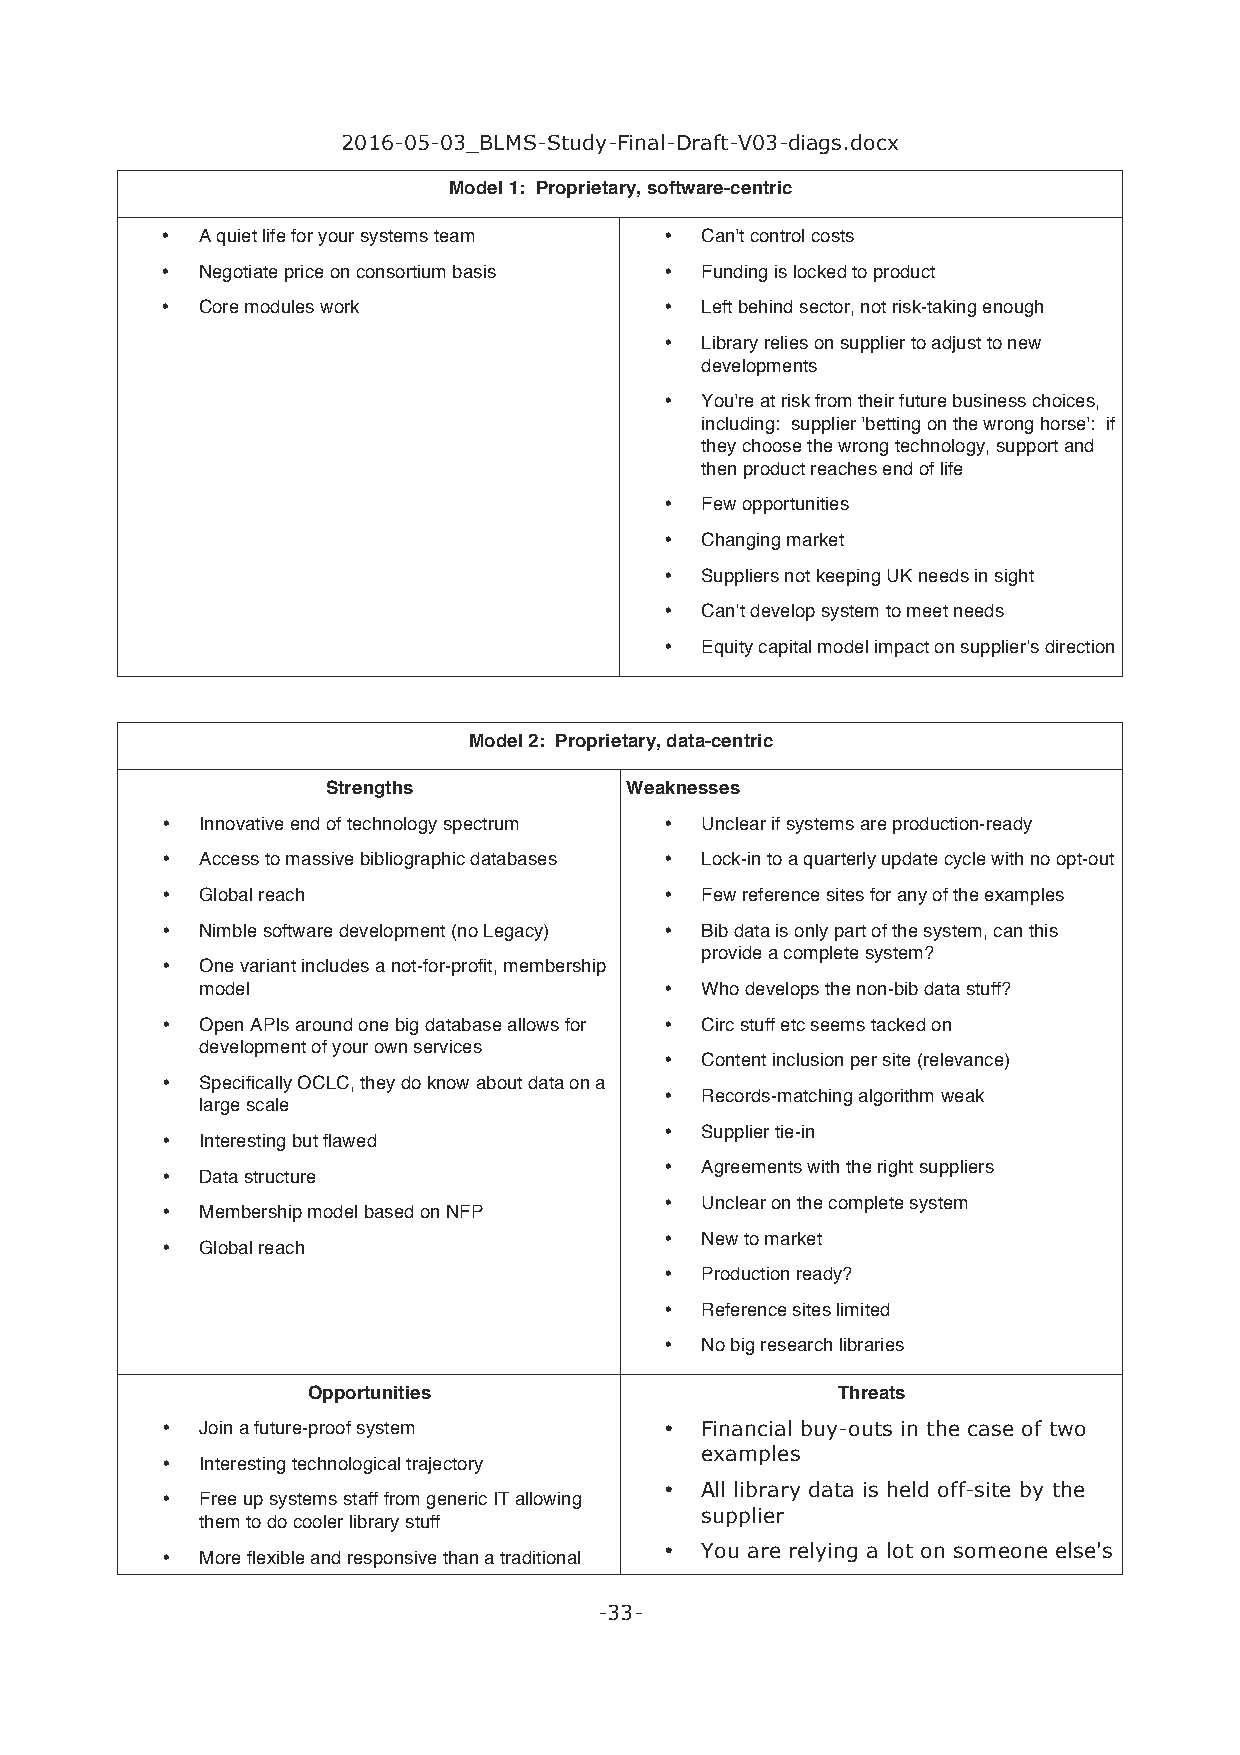
2016-05-03_BLMS-Study-Final-Draft-V03-diags.docx
 Model 1: Proprietary, software-centric
 • A quiet life for your systems team • Can't control costs
 • Negotiate price on consortium basis • Funding is locked to product
 • Core modules work              • Left behind sector, not risk-taking enough
 • Library relies on supplier to adjust to new
 developments
 • You're at risk from their future business choices,
 including: supplier 'betting on the wrong horse': if
 they choose the wrong technology, support and
 then product reaches end of life
 • Few opportunities
 • Changing market
 • Suppliers not keeping UK needs in sight
 • Can’t develop system to meet needs
 • Equity capital model impact on supplier’s direction
 Model 2: Proprietary, data-centric
 Strengths          Weaknesses
 • Innovative end of technology spectrum • Unclear if systems are production-ready
 • Access to massive bibliographic databases • Lock-in to a quarterly update cycle with no opt-out
 • Global reach                   • Few reference sites for any of the examples
 • Nimble software development (no Legacy) • Bib data is only part of the system, can this
 provide a complete system?
 • One variant includes a not-for-profit, membership
 model                          • Who develops the non-bib data stuff?
 • Open APIs around one big database allows for • Circ stuff etc seems tacked on
 development of your own services
 • Content inclusion per site (relevance)
 • Specifically OCLC, they do know about data on a
 • Records-matching algorithm weak
 large scale
 • Interesting but flawed         • Supplier tie-in
 • Data structure                 • Agreements with the right suppliers
 • Membership model based on NFP  • Unclear on the complete system
 • Global reach                   • New to market
 • Production ready?
 • Reference sites limited
 • No big research libraries
 Opportunities                      Threats
 • Join a future-proof system     • Financial buy-outs in the case of two
 examples
 • Interesting technological trajectory
 • All library data is held off-site by the
 • Free up systems staff from generic IT allowing
 supplier
 them to do cooler library stuff
 • You are relying a lot on someone else's
 • More flexible and responsive than a traditional
 -33-